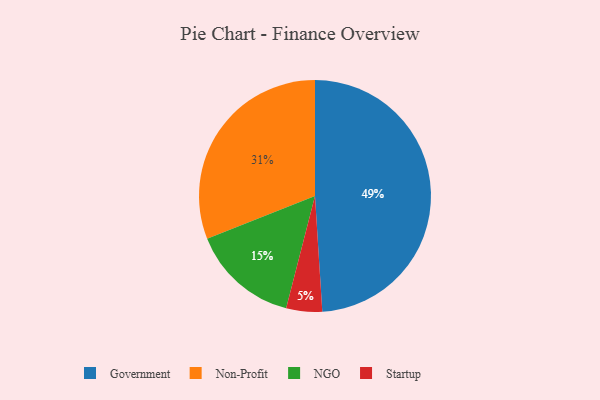
{"axis": {"x": "Category", "y": "Percentage"}, "legend": ["Government", "NGO", "Non-Profit", "Startup"], "data": [{"x": "Government", "y": 49, "type": "Government"}, {"x": "Startup", "y": 5, "type": "Startup"}, {"x": "NGO", "y": 15, "type": "NGO"}, {"x": "Non-Profit", "y": 31, "type": "Non-Profit"}]}